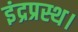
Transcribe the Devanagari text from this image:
इंद्रप्रस्थ।